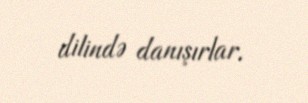
dilində danışırlar.